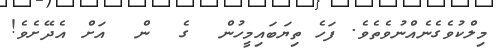
މިލްކުވެގެނެއްނުވެެތެވެ. ފަހެ ތިޔަބައިމީހުން  ގެ  ން  އަށް އެދޭށެވެ!